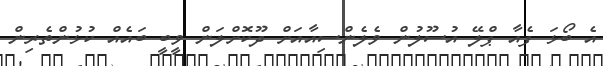
އެ ބޯޅަ ފެއާ ޕްލޭ އުސޫލުން ވެލެންސިއާއަށް ދޫކޮށްލަން ވީބީ ބައެއް ކުޅުންތެރިން